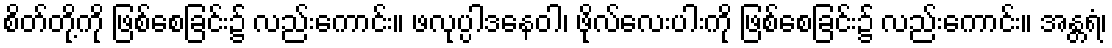
စိတ်တို့ကို ဖြစ်စေခြင်း၌ လည်းကောင်း။ ဖလုပ္ပါဒနေဝါ၊ ဖိုလ်လေးပါးကို ဖြစ်စေခြင်း၌ လည်းကောင်း။ အန္တရံ၊